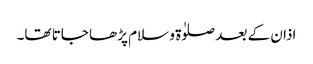
اذان کے بعد صلوٰۃ و سلام پڑھا جاتا تھا۔